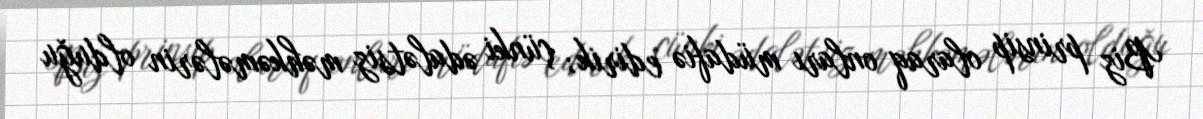
Biz prinsip olaraq onları müdafiə edirik; çünki ədalətsiz məhkəmələrin olduğu